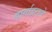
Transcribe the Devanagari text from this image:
वार्ताहराने